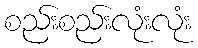
စည်းစည်းလုံးလုံး